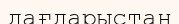
дағдарыстан